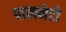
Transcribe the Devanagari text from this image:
पालमेटो